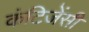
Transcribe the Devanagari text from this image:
कंटिजेंसी